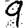
Digit: 9